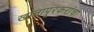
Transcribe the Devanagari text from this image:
खानापूरकरांचा